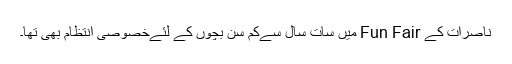
ناصرات کے Fun Fair میں سات سال سےکم سِن بچوں کے لئےخصوصی انتظام بھی تھا۔